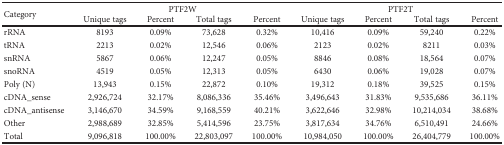
<table><thead><tr><td rowspan="2"><b>Category</b></td><td colspan="4"><b>PTF2W</b></td><td colspan="4"><b>PTF2T</b></td></tr><tr><td><b>Unique tags</b></td><td><b>Percent</b></td><td><b>Total tags</b></td><td><b>Percent</b></td><td><b>Unique tags</b></td><td><b>Percent</b></td><td><b>Total tags</b></td><td><b>Percent</b></td></tr></thead><tbody><tr><td>rRNA</td><td>8193</td><td>0.09%</td><td>73,628</td><td>0.32%</td><td>10,416</td><td>0.09%</td><td>59,240</td><td>0.22%</td></tr><tr><td>tRNA</td><td>2213</td><td>0.02%</td><td>12,546</td><td>0.06%</td><td>2123</td><td>0.02%</td><td>8211</td><td>0.03%</td></tr><tr><td>snRNA</td><td>5867</td><td>0.06%</td><td>12,247</td><td>0.05%</td><td>8846</td><td>0.08%</td><td>18,564</td><td>0.07%</td></tr><tr><td>snoRNA</td><td>4519</td><td>0.05%</td><td>12,313</td><td>0.05%</td><td>6430</td><td>0.06%</td><td>19,028</td><td>0.07%</td></tr><tr><td>Poly (N)</td><td>13,943</td><td>0.15%</td><td>22,872</td><td>0.10%</td><td>19,312</td><td>0.18%</td><td>39,525</td><td>0.15%</td></tr><tr><td>cDNA_sense</td><td>2,926,724</td><td>32.17%</td><td>8,086,336</td><td>35.46%</td><td>3,496,643</td><td>31.83%</td><td>9,535,686</td><td>36.11%</td></tr><tr><td>cDNA_antisense</td><td>3,146,670</td><td>34.59%</td><td>9,168,559</td><td>40.21%</td><td>3,622,646</td><td>32.98%</td><td>10,214,034</td><td>38.68%</td></tr><tr><td>Other</td><td>2,988,689</td><td>32.85%</td><td>5,414,596</td><td>23.75%</td><td>3,817,634</td><td>34.76%</td><td>6,510,491</td><td>24.66%</td></tr><tr><td>Total</td><td>9,096,818</td><td>100.00%</td><td>22,803,097</td><td>100.00%</td><td>10,984,050</td><td>100.00%</td><td>26,404,779</td><td>100.00%</td></tr></tbody></table>